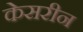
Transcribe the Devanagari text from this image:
केसरीन